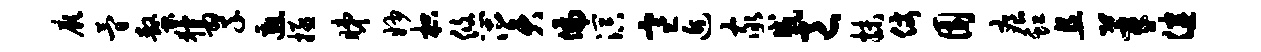
厥简螯猾翠邀拯睇妙枳悠奚偏溟寒近家戚邑抹仗园痕虹且莘健